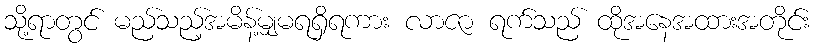
သို့ရာတွင် မည်သည့်အမိန့်မျှမရရှိရကား လာဇာ ရက်သည် ထိုအနေအထားအတိုင်း